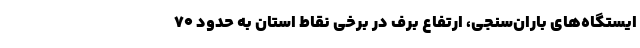
ایستگاه‌های باران‌سنجی، ارتفاع برف در برخی نقاط استان به حدود ۷۰